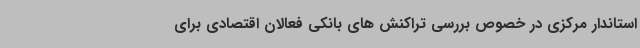
استاندار مرکزی در خصوص بررسی تراکنش های بانکی فعالان اقتصادی برای